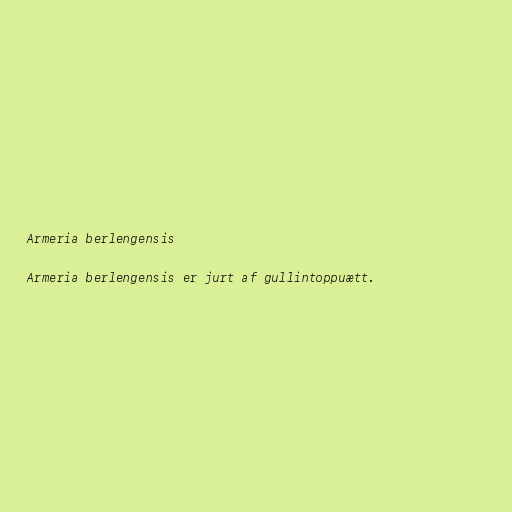
Armeria berlengensis

Armeria berlengensis er jurt af gullintoppuætt.